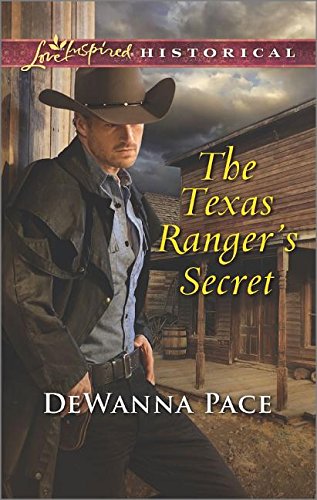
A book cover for The Texas Ranger's Secret (Love Inspired Historical); DeWanna Pace; Romance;